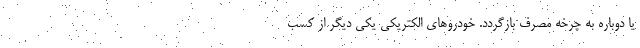
یا دوباره به چرخه مصرف بازگردد. خودروهای الکتریکی یکی دیگر از کسب